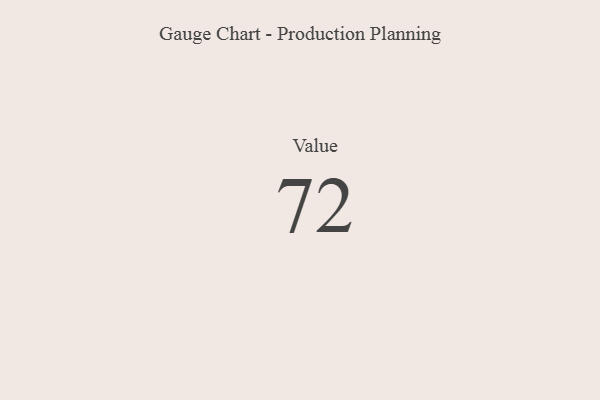
{"axis": {"x": "Metric", "y": "Value"}, "legend": [""], "data": [{"x": "Value", "y": 72, "type": ""}]}